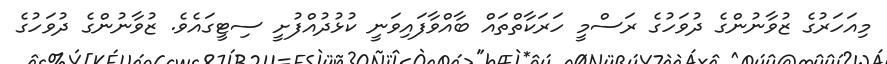
މިއަހަރުގެ ޒުވާނުންގެ ދުވަހުގެ ރަސްމީ ހަރަކާތްތައް ބާއްވާފައިވަނީ ކުޅުދުއްފުށީ ސިޓީގައެވެ. ޒުވާނުންގެ ދުވަހުގެ